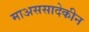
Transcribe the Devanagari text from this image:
माअससादेकीन